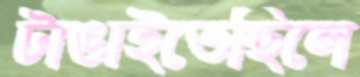
টাঙাইতেছিলে